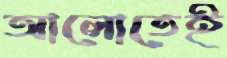
আলোতেই